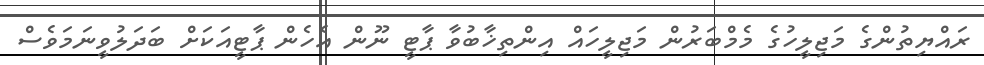
ރައްޔިތުންގެ މަޖިލީހުގެ މެމްބަރުން މަޖިލީހައް އިންތިޚާބުވާ ޕާޓީ ނޫން އެހެން ޕާޓީއަކަށް ބަދަލުވީނަމަވެސް